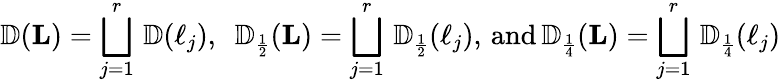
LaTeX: {\mathbb{D}}(\mathbf L)=\bigsqcup_{j=1}^{r}\, {\mathbb{D}}(\ell_{j}),\, \, \, {\mathbb{D}}_{\scriptscriptstyle{\frac{1}{2}}}(\mathbf L)=\bigsqcup_{j=1}^{r}\, {\mathbb{D}}_{\scriptscriptstyle{\frac{1}{2}}}(\ell_{j}),\, \mathrm{and}\, {\mathbb{D}}_{\scriptscriptstyle{\frac{1}{4}}}(\mathbf L)=\bigsqcup_{j=1}^{r}\, {\mathbb{D}}_{\scriptscriptstyle{\frac{1}{4}}}(\ell_{j})